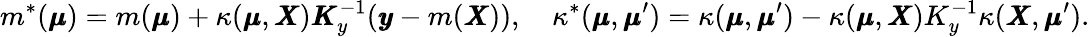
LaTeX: m^{\ast}(\pmb{\mu})=m(\pmb{\mu})+\kappa(\pmb{\mu},\pmb{X})\pmb{K}_{y}^{-1}(\pmb{y}-m(\pmb{X})),\quad\kappa^{\ast}(\pmb{\mu},\pmb{\mu}^{\prime})=\kappa(\pmb{\mu},\pmb{\mu}^{\prime})-\kappa(\pmb{\mu},\pmb{X})K_{y}^{-1}\kappa(\pmb{X},\pmb{\mu}^{\prime}).